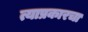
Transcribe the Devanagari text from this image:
त्याप्रकारचा